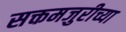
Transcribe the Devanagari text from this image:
सक्तमजुरीच्या